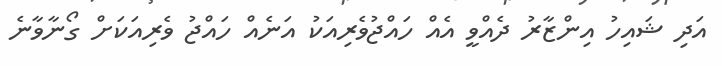
އަދި ޝައިހު އިންޒާރު ދެެއްވީ އެއް ހައްޖުވެރިއަކު އަނެއް ހައްޖު ވެރިއަކަށް ގޯނާވާނެ